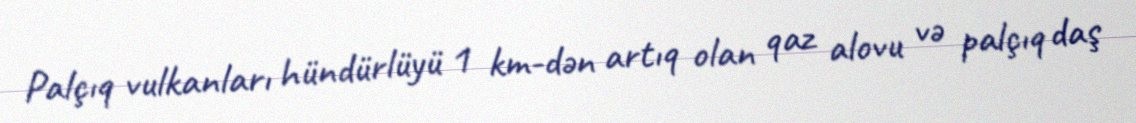
Palçıq vulkanları hündürlüyü 1 km-dən artıq olan qaz alovu və palçıq daş